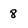
Character: 8